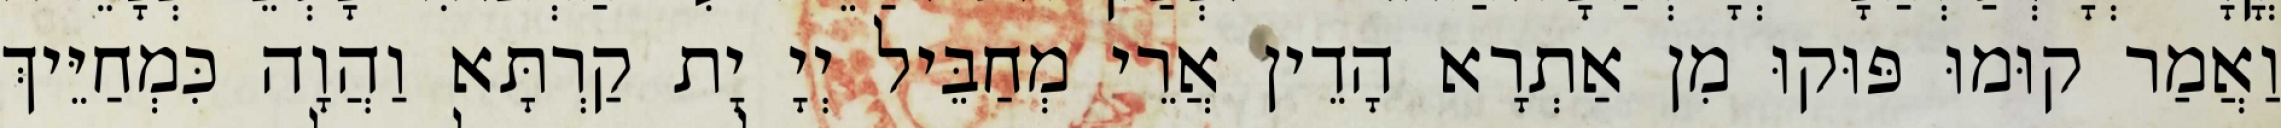
וַאֲמַר קוּמוּ פּוּקוּ מִן אַתְרָא הָדֵין אֲרֵי מְחַבֵּיל יְיָ יָת קַרְתָּא וַהֲוָה כִּמְחַיֵּיךְ